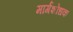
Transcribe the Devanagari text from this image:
मार्गशोधक